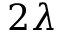
2 \lambda